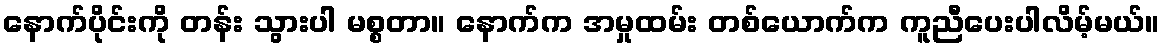
နောက်ပိုင်းကို တန်း သွားပါ မစ္စတာ။ နောက်က အမှုထမ်း တစ်ယောက်က ကူညီပေးပါလိမ့်မယ်။